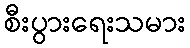
စီးပွားရေးသမား